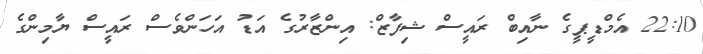
22:10 އެމްޑީޕީގެ ނާއިބް ރައީސް ޝިފާޒް: އިންޒާރުގެ އަޑު އަހަންވެސް ރައީސް ޔާމިންގެ